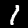
Label: 1